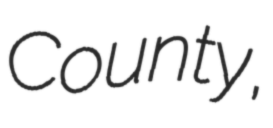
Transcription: County,